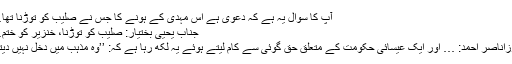
آپ کا سوال یہ ہے کہ دعویٰ ہے اس مہدی کے ہونے کا جس نے صلیب کو توڑنا تھا…
جناب یحییٰ بختیار: صلیب کو توڑنا، خنزیر کو ختم…
مرزاناصر احمد: … اور ایک عیسائی حکومت کے متعلق حق گوئی سے کام لیتے ہوئے یہ لکھ رہا ہے کہ: ’’وہ مذہب میں دخل نہیں دیتی۔